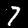
Digit: 7